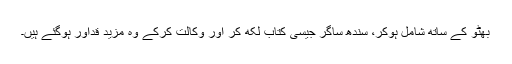
بھٹو کے ساتھ شامل ہوکر، سندھ ساگر جیسی کتاب لکھ کر اور وکالت کرکے وہ مزید قدآور ہوگئے ہیں۔